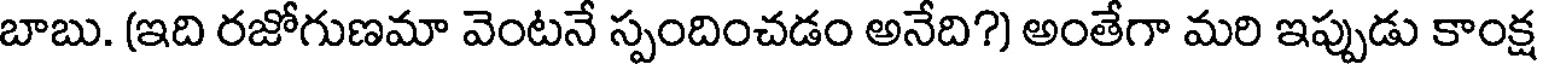
బాబు. (ఇది రజోగుణమా వెంటనే స్పందించడం అనేది?) అంతేగా మరి ఇప్పుడు కాంక్ష